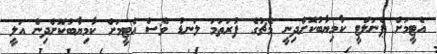
އެޓީމަށް ޕެނަލްޓީ ކާމިޔާބުކޮށްދިނީ މެޗުގެ ފުރަތަމަ ލަނޑު ވެސް އެޓީމަށް ކާމިޔާބުކޮށްދިން އަލީ